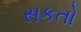
સકતો